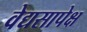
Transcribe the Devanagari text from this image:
वेद्यसापेक्ष